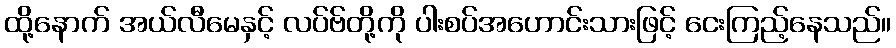
ထို့နောက် အယ်လီမေနှင့် လပ်ဗ်တို့ကို ပါးစပ်အဟောင်းသားဖြင့် ငေးကြည့်နေသည်။